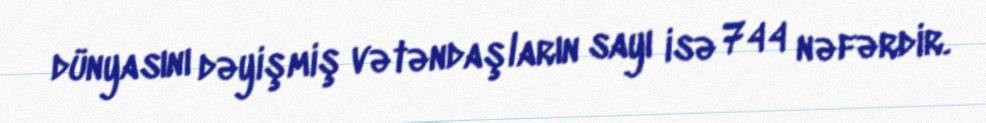
dünyasını dəyişmiş vətəndaşların sayı isə 744 nəfərdir.